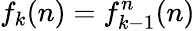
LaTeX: f_{k}(n)=f_{k-1}^{n}(n)